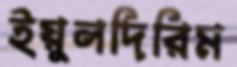
ইয়ুলদিরিম